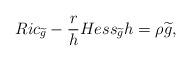
LaTeX: \begin{align*}Ric_{\widetilde{g}}-\frac{r}{h}Hess_{\widetilde{g}}h=\rho \widetilde{g},\end{align*}